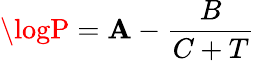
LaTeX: \logP=\mathbf{A}-{\frac{{B}}{{C+T}}}